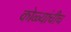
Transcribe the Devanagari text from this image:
कोळ्यांचीच